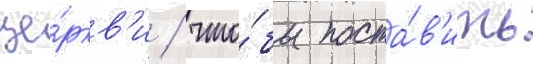
це́ркв'и / что́бы поста́в'ить